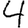
Digit: 4